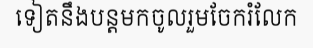
ទៀតនឹងបន្តមកចូលរួមចែករំលែក